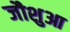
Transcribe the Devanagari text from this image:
जौशुआ